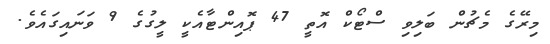
މިރޭގެ މެޗުން ބަލިވި ސްޓޯކް އޮތީ 47 ޕޮއިންޓާއެކީ ލީގުގެ 9 ވަނައިގައެވެ.